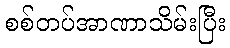
စစ်တပ်အာဏာသိမ်းပြီး